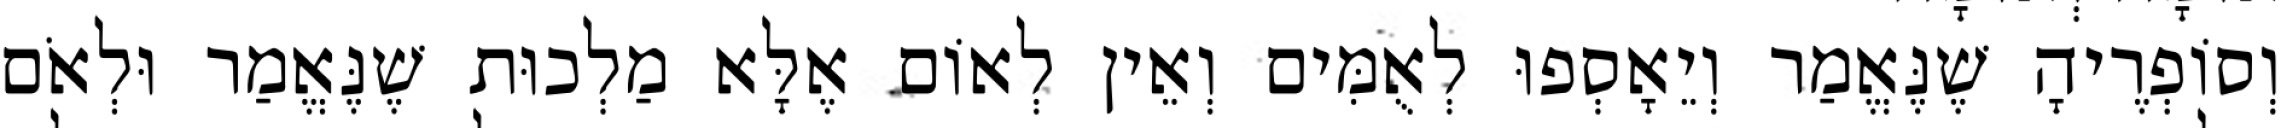
וְסוֹפְרֶיהָ שֶׁנֶּאֱמַר וְיֵאָסְפוּ לְאֻמִּים וְאֵין לְאוֹם אֶלָּא מַלְכוּת שֶׁנֶּאֱמַר וּלְאֹם